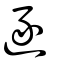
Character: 逐